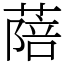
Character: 䔒